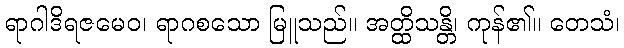
ရာဂါဒိရဇမေဝ၊ ရာဂစသော မြူသည်။ အတ္ထိသန္တိ၊ ကုန်၏။ တေသံ၊